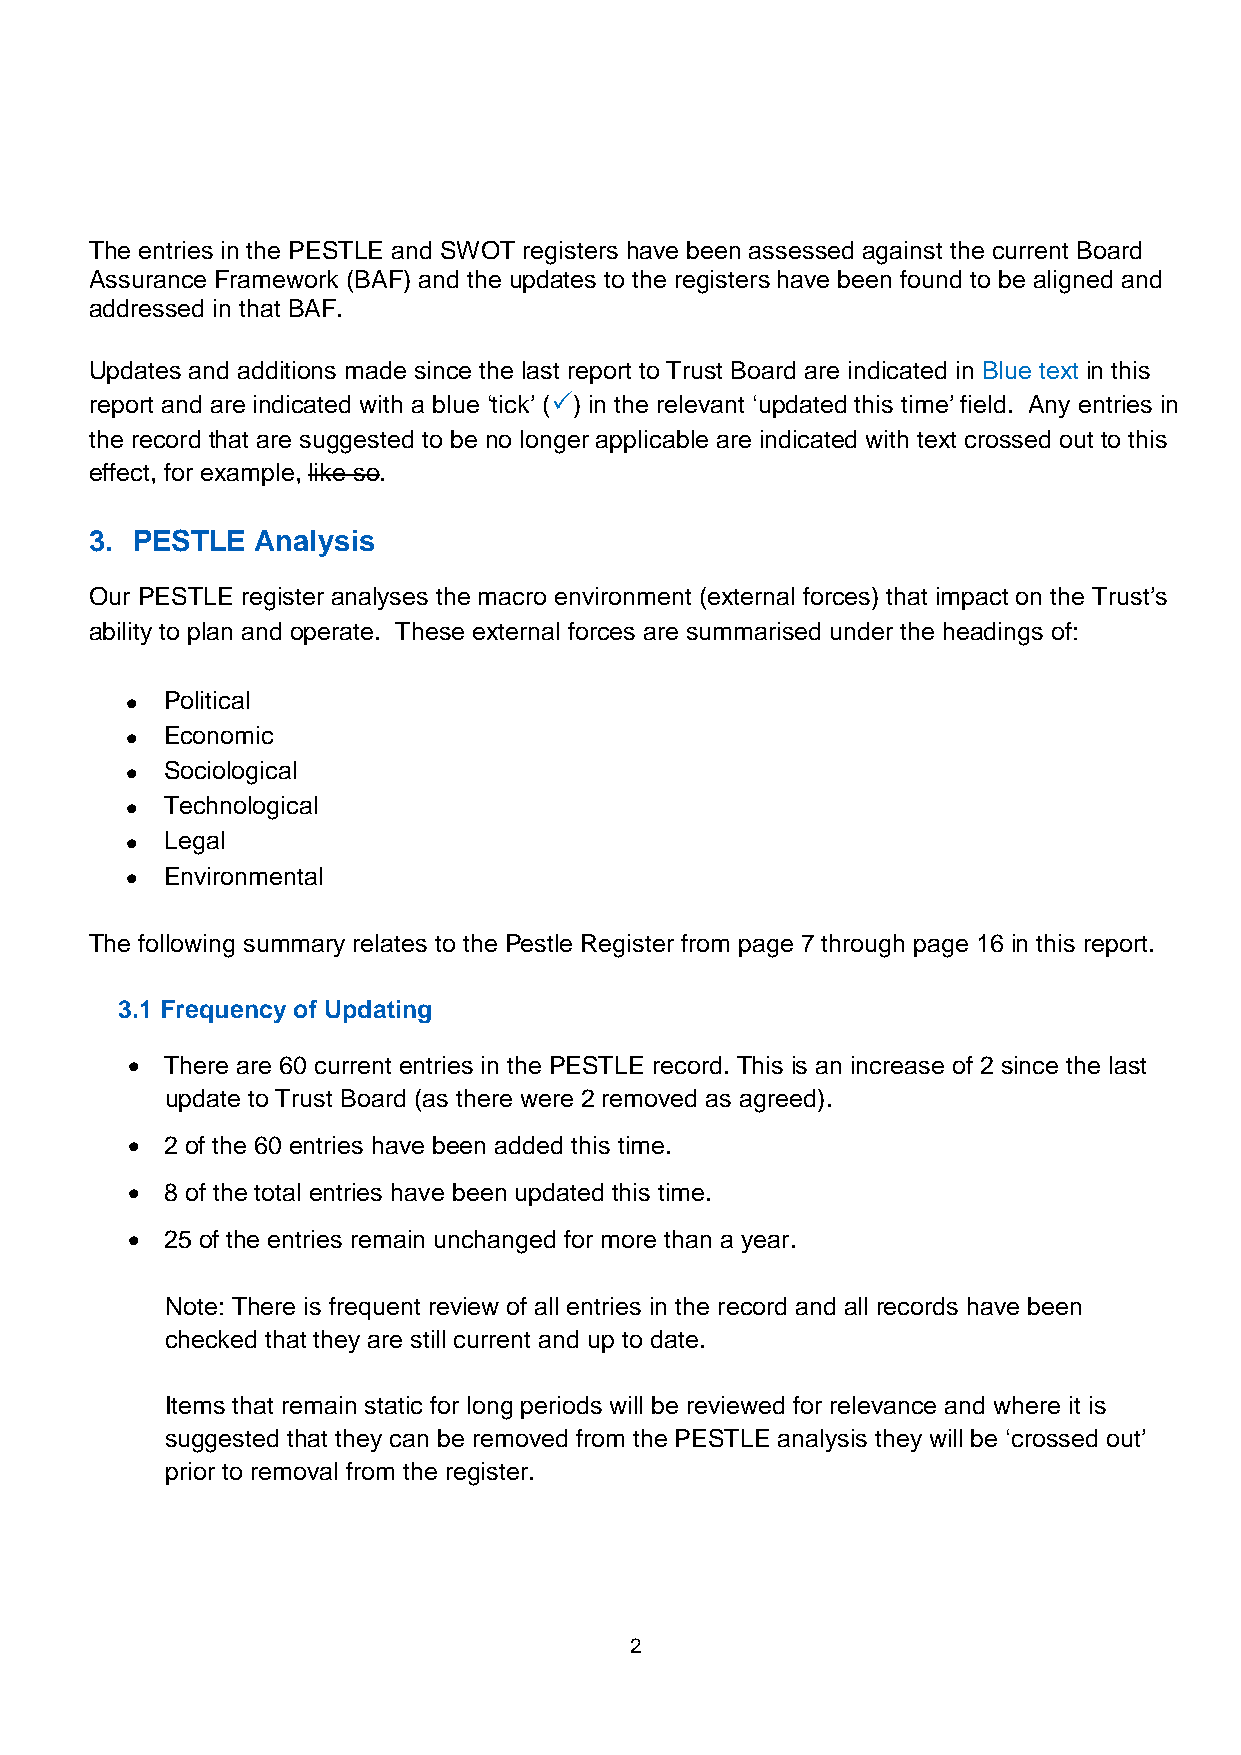
The entries in the PESTLE and SWOT registers have been assessed against the current Board
 Assurance Framework (BAF) and the updates to the registers have been found to be aligned and
 addressed in that BAF.
 Updates and additions made since the last report to Trust Board are indicated in Blue text in this
 report and are indicated with a blue ‘tick’ () in the relevant ‘updated this time’ field. Any entries in
 the record that are suggested to be no longer applicable are indicated with text crossed out to this
 effect, for example, like so.
 3. PESTLE  Analysis
 Our PESTLE register analyses the macro environment (external forces) that impact on the Trust’s
 ability to plan and operate. These external forces are summarised under the headings of:
 •  Political
 •  Economic
 •  Sociological
 •  Technological
 •  Legal
 •  Environmental
 The following summary relates to the Pestle Register from page 7 through page 16 in this report.
 3.1 Frequency of Updating
 •  There are 60 current entries in the PESTLE record. This is an increase of 2 since the last
 update to Trust Board (as there were 2 removed as agreed).
 •  2 of the 60 entries have been added this time.
 •  8 of the total entries have been updated this time.
 •  25 of the entries remain unchanged for more than a year.
 Note: There is frequent review of all entries in the record and all records have been
 checked that they are still current and up to date.
 Items that remain static for long periods will be reviewed for relevance and where it is
 suggested that they can be removed from the PESTLE analysis they will be ‘crossed out’
 prior to removal from the register.
 2